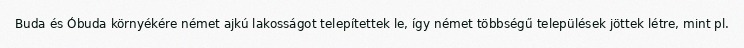
Buda és Óbuda környékére német ajkú lakosságot telepítettek le, így német többségű települések jöttek létre, mint pl.